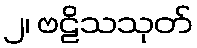
၂၊ ဗဠိသသုတ်